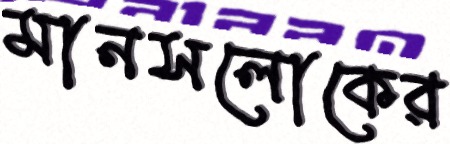
মানসলোকের